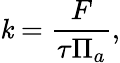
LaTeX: \mathit{k}=\frac{{F}}{{\tau\Pi_{a}}},